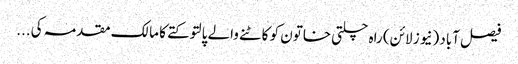
فیصل آباد (نیوز لائن) راہ چلتی خاتون کو کاٹنے والے پالتو کتے کا مالک مقدمہ کی...